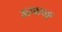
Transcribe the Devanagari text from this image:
अमासुङ